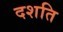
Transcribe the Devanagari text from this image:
दशति